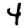
Digit: 4